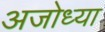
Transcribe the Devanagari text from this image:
अजोध्या